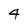
Character: 4